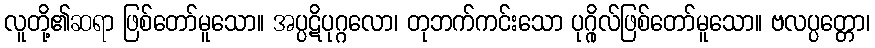
လူတို့၏ဆရာ ဖြစ်တော်မူသော။ အပ္ပဋိပုဂ္ဂလော၊ တုဘက်ကင်းသော ပုဂ္ဂိုလ်ဖြစ်တော်မူသော။ ဗလပ္ပတ္တော၊